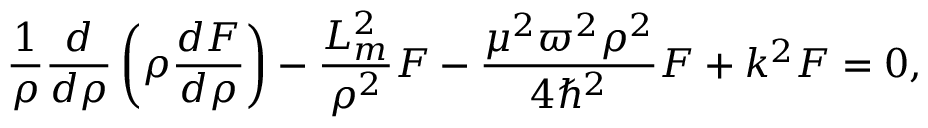
\frac { 1 } { \rho } \frac { d } { d \rho } \left( \rho \frac { d F } { d \rho } \right) - \frac { L _ { m } ^ { 2 } } { \rho ^ { 2 } } F - \frac { \mu ^ { 2 } \varpi ^ { 2 } \rho ^ { 2 } } { 4 \hbar ^ { 2 } } F + k ^ { 2 } F = 0 ,